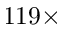
1 1 9 \times